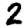
Digit: 2